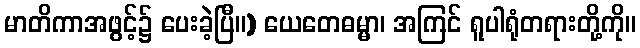
မာတိကာအဖွင့်၌ ပေးခဲ့ပြီ။) ယေတေဓမ္မာ၊ အကြင် ရူပါရုံတရားတို့ကို။